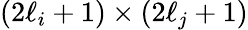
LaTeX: (2\ell_{i}+1)\times(2\ell_{j}+1)